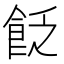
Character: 𩚮